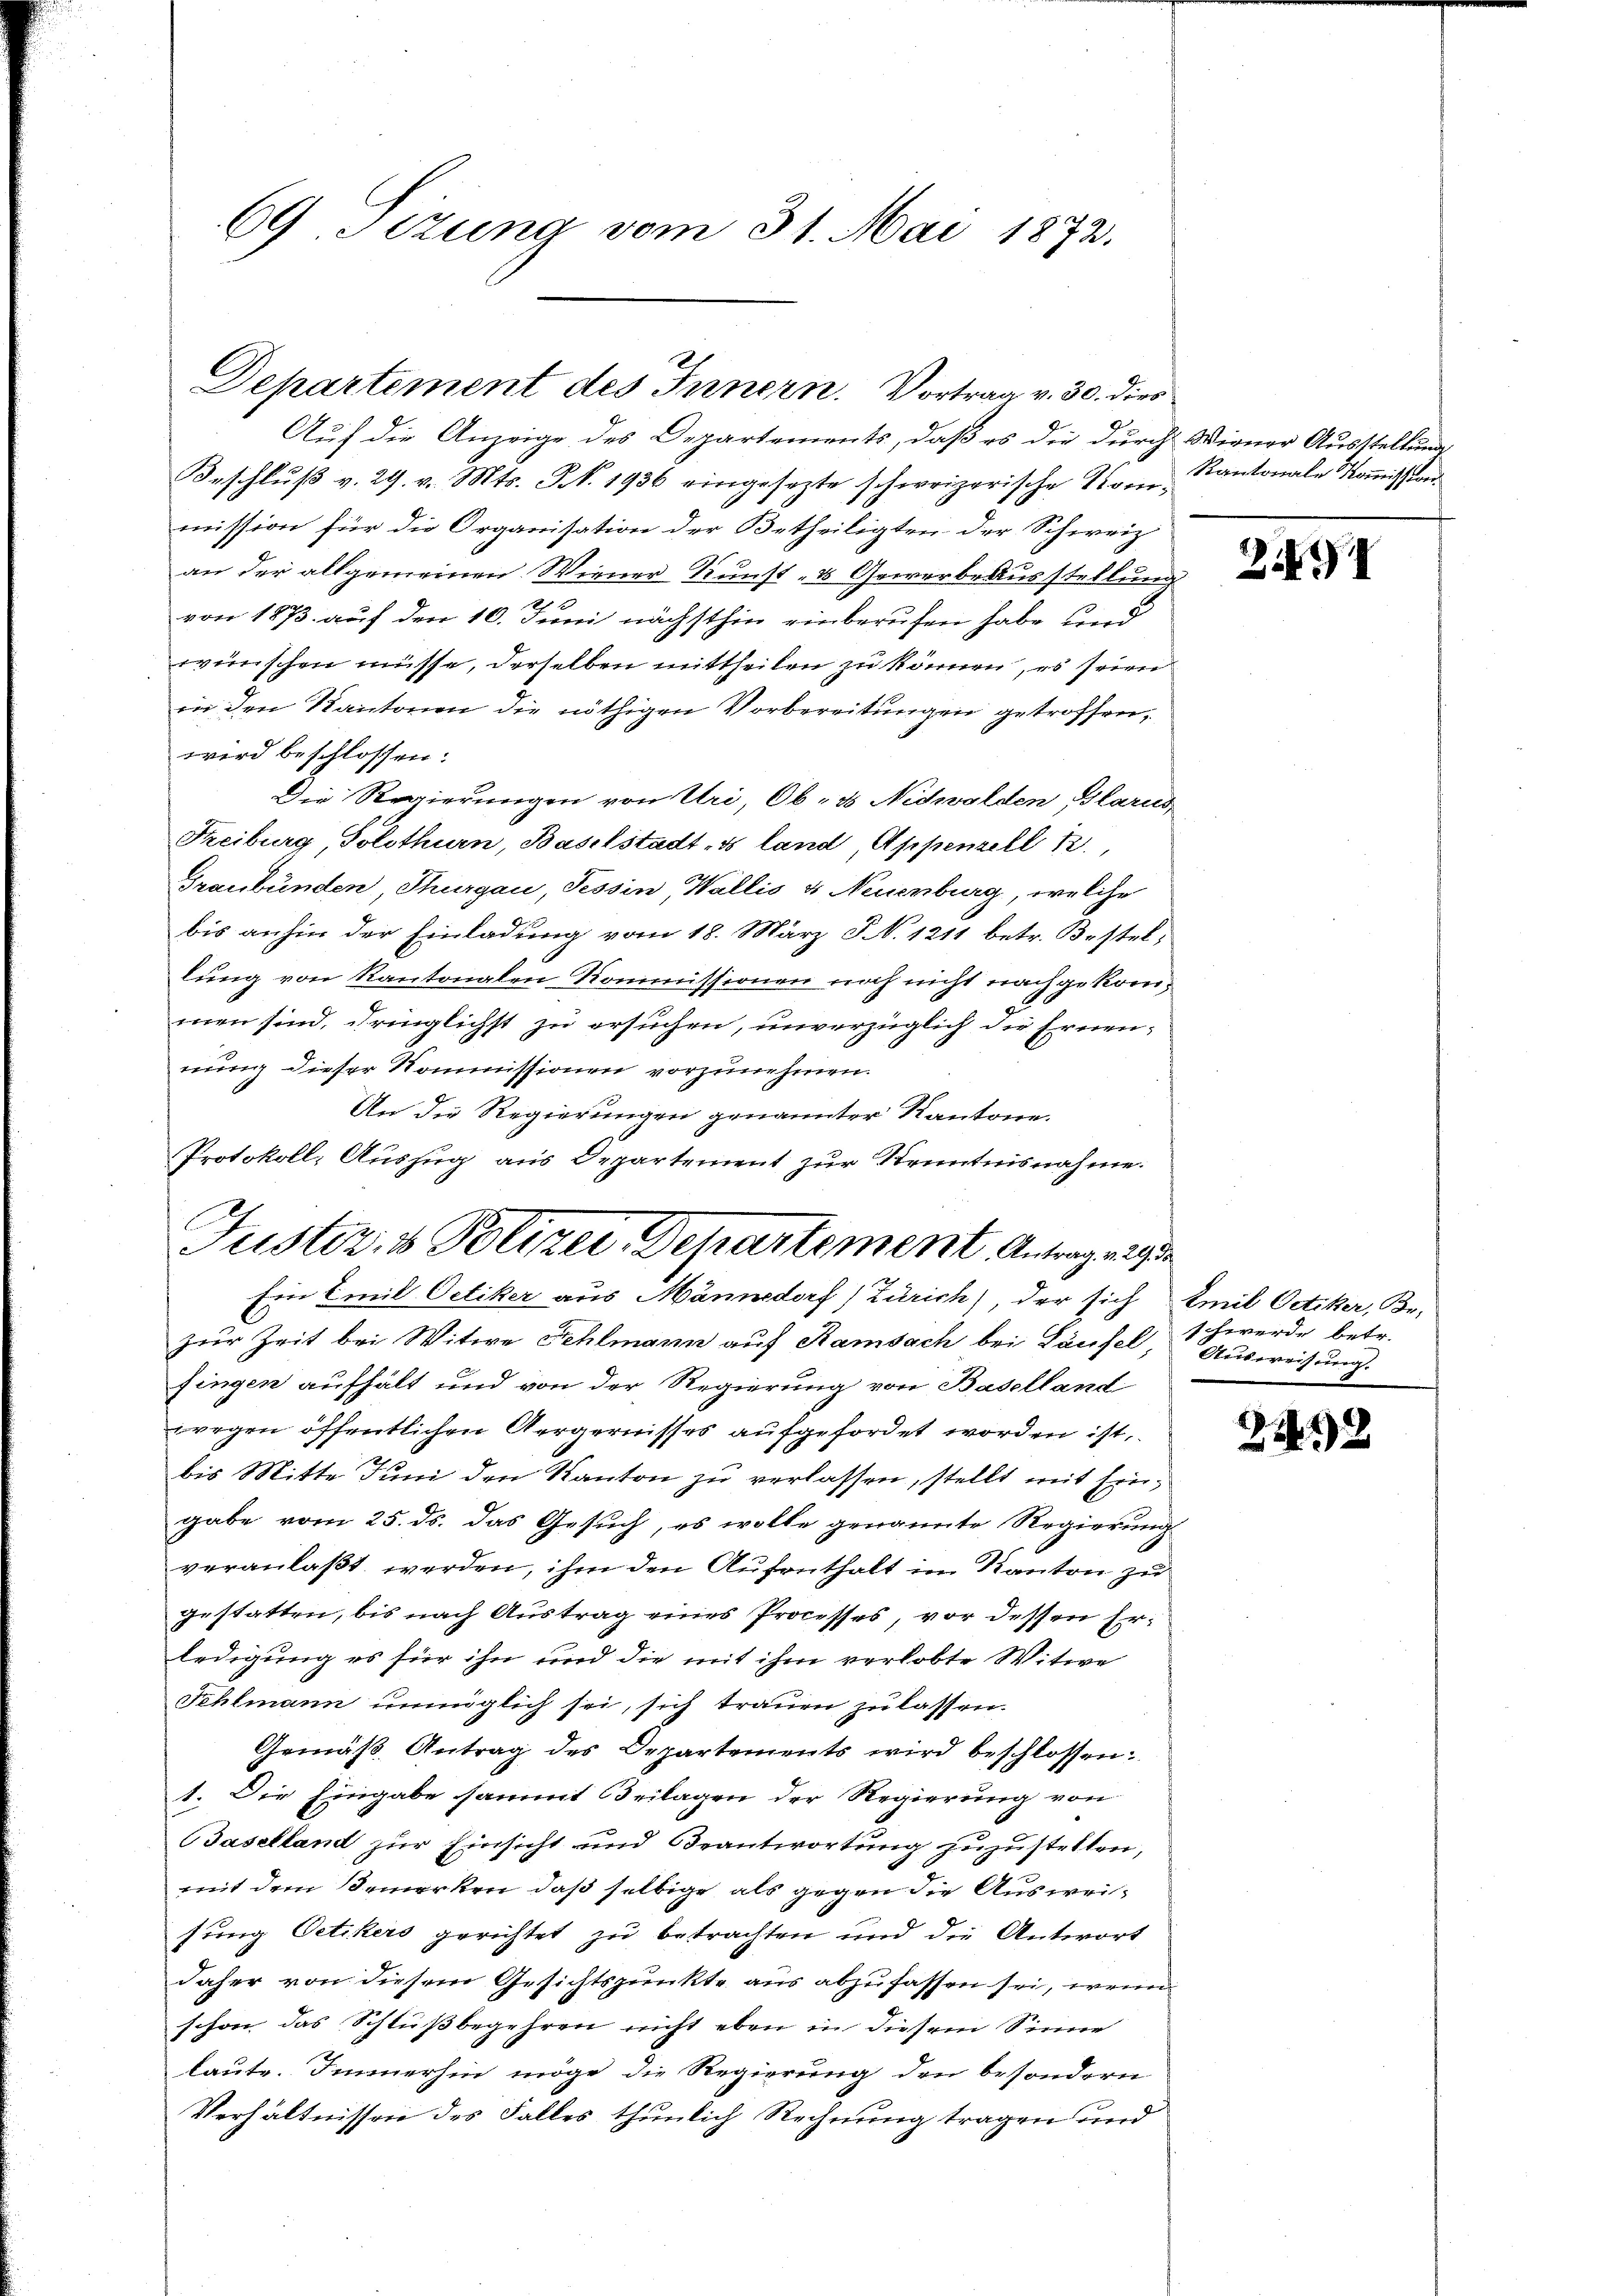
69 Sizung vom 31. Mai 1872.

Departement des Innern. Vortrag v. 30. dies

Auf die Anzeige des Departements, daß es die durch Wiener Ausstellung
Beschluß v. 29. v. Mts. S. 1936 eingesezte schweizerische Kommission für die Organisation der Betheiligten der Schweiz
an der allgemeinen Wiener Kunst- & Gewerbe Ausstellung
20
von 1873 auf den 10. Juni nächsthin einberufen habe und
wünschen müsse, derselben mittheilen zu können, es seien
in den Kantonen die nöthigen Vorbereitungen getroffen,
wird beschlossen:
Die Regierungen von Uri, Ob- & Nidwalden Glarus
Freiburg Solothurn, Baselstadt, land Appenzell 12,
Graubünden Thurgau, Tessin, Wallis & Neuenburg, welche
bis anhin der Einladung vom 18. März S. 1211 betr. Bestel,
lung von Kantonalen Kommissionen noch nicht nachgekommen sind, dringlichst zu ersuchen, unverzüglich die Ernennung dieser Kommissionen vorzunehmen.
An die Regierungen genannter Kantone.
Protokoll, Auszug aus Departement zur Kenntnisnahme.

zur Zeit bei Witwe Fehlmann auf Ramsach bei Läufel schwerde betr.
fingen aufhält und von der Regierung von Baselland
wegen öffentlichen Aergernisses aufgefordet worden ist.
bis Mitte Juni den Kanton zu verlassen, stellt mit Eingabe vom 25. ds. das Gesuch, es wolle genannte Regierung
veranlaßt werden, ihm den Aufenthalt im Kanton zu
gestatten, bis nach Austrag eines Processes, vor dessen Erledigung es für ihn und die mit ihm verlobte Witwe
Fehlmann unmöglich sei, sich trauen zu lassen.
Gemäß Antrag des Departements wird beschlossen:
1. Die Eingabe sammt Beilagen der Regierung von
Baselland zur Einsicht und Beantwortung zuzustellen,
mit dem Bemerken, daß selbige, als gegen die Ausweisung Oetikers gerichtet zu betrachten und die Antwort
daher von diesem Gesichtspunkte aus abzufassen sei, wenn
schon das Schlußbegehren nicht eben in diesem Sinne
laute. Immerhin möge die Regierung den besondern
Verhältnissen des Falles thunlich Rechnung tragen und

E
Justiz- & Polizei Departement Antragung de
Eine Emil Oetiker aus Männedorf (Zürich), der sich Emil Oetiker, Be-

Kantonale Kommission

21

Ausreisung.

22